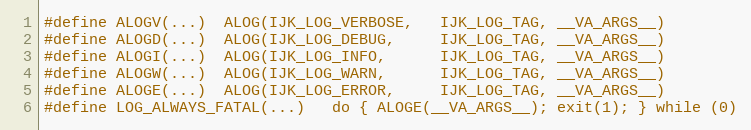
Language: C
#define ALOGV(...)  ALOG(IJK_LOG_VERBOSE,   IJK_LOG_TAG, __VA_ARGS__)
#define ALOGD(...)  ALOG(IJK_LOG_DEBUG,     IJK_LOG_TAG, __VA_ARGS__)
#define ALOGI(...)  ALOG(IJK_LOG_INFO,      IJK_LOG_TAG, __VA_ARGS__)
#define ALOGW(...)  ALOG(IJK_LOG_WARN,      IJK_LOG_TAG, __VA_ARGS__)
#define ALOGE(...)  ALOG(IJK_LOG_ERROR,     IJK_LOG_TAG, __VA_ARGS__)
#define LOG_ALWAYS_FATAL(...)   do { ALOGE(__VA_ARGS__); exit(1); } while (0)